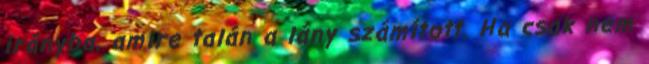
irányba, amire talán a lány számított. Ha csak nem